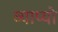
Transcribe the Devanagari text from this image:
व्याप्यो